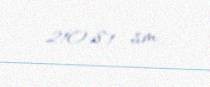
210,81 sm